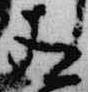
有